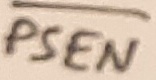
Text: PSEN